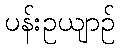
ပန်းဥယျာဉ်